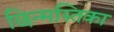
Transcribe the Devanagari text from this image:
छिन्मस्तिका